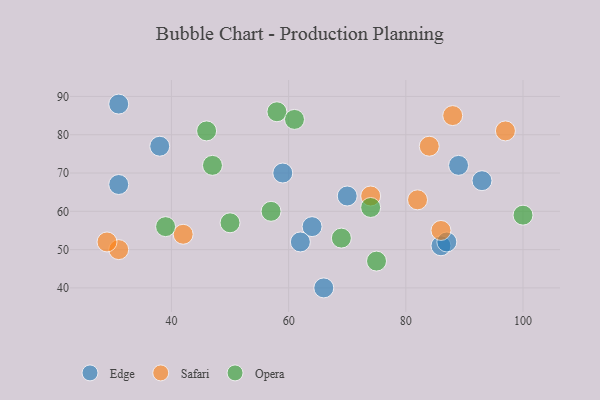
{"axis": {"x": "GDP", "y": "Life Expectancy"}, "legend": ["Edge", "Opera", "Safari"], "data": [{"x": "86", "y": 51, "type": "Edge"}, {"x": "38", "y": 77, "type": "Edge"}, {"x": "70", "y": 64, "type": "Edge"}, {"x": "89", "y": 72, "type": "Edge"}, {"x": "59", "y": 70, "type": "Edge"}, {"x": "31", "y": 67, "type": "Edge"}, {"x": "87", "y": 52, "type": "Edge"}, {"x": "66", "y": 40, "type": "Edge"}, {"x": "64", "y": 56, "type": "Edge"}, {"x": "62", "y": 52, "type": "Edge"}, {"x": "93", "y": 68, "type": "Edge"}, {"x": "31", "y": 88, "type": "Edge"}, {"x": "88", "y": 85, "type": "Safari"}, {"x": "82", "y": 63, "type": "Safari"}, {"x": "74", "y": 64, "type": "Safari"}, {"x": "97", "y": 81, "type": "Safari"}, {"x": "42", "y": 54, "type": "Safari"}, {"x": "84", "y": 77, "type": "Safari"}, {"x": "31", "y": 50, "type": "Safari"}, {"x": "29", "y": 52, "type": "Safari"}, {"x": "86", "y": 55, "type": "Safari"}, {"x": "57", "y": 60, "type": "Opera"}, {"x": "58", "y": 86, "type": "Opera"}, {"x": "39", "y": 56, "type": "Opera"}, {"x": "69", "y": 53, "type": "Opera"}, {"x": "47", "y": 72, "type": "Opera"}, {"x": "74", "y": 61, "type": "Opera"}, {"x": "46", "y": 81, "type": "Opera"}, {"x": "75", "y": 47, "type": "Opera"}, {"x": "100", "y": 59, "type": "Opera"}, {"x": "61", "y": 84, "type": "Opera"}, {"x": "50", "y": 57, "type": "Opera"}]}